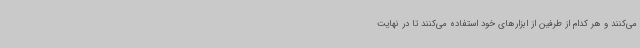
می‌کنند و هر کدام از طرفین از ابزارهای خود استفاده می‌کنند تا در نهایت